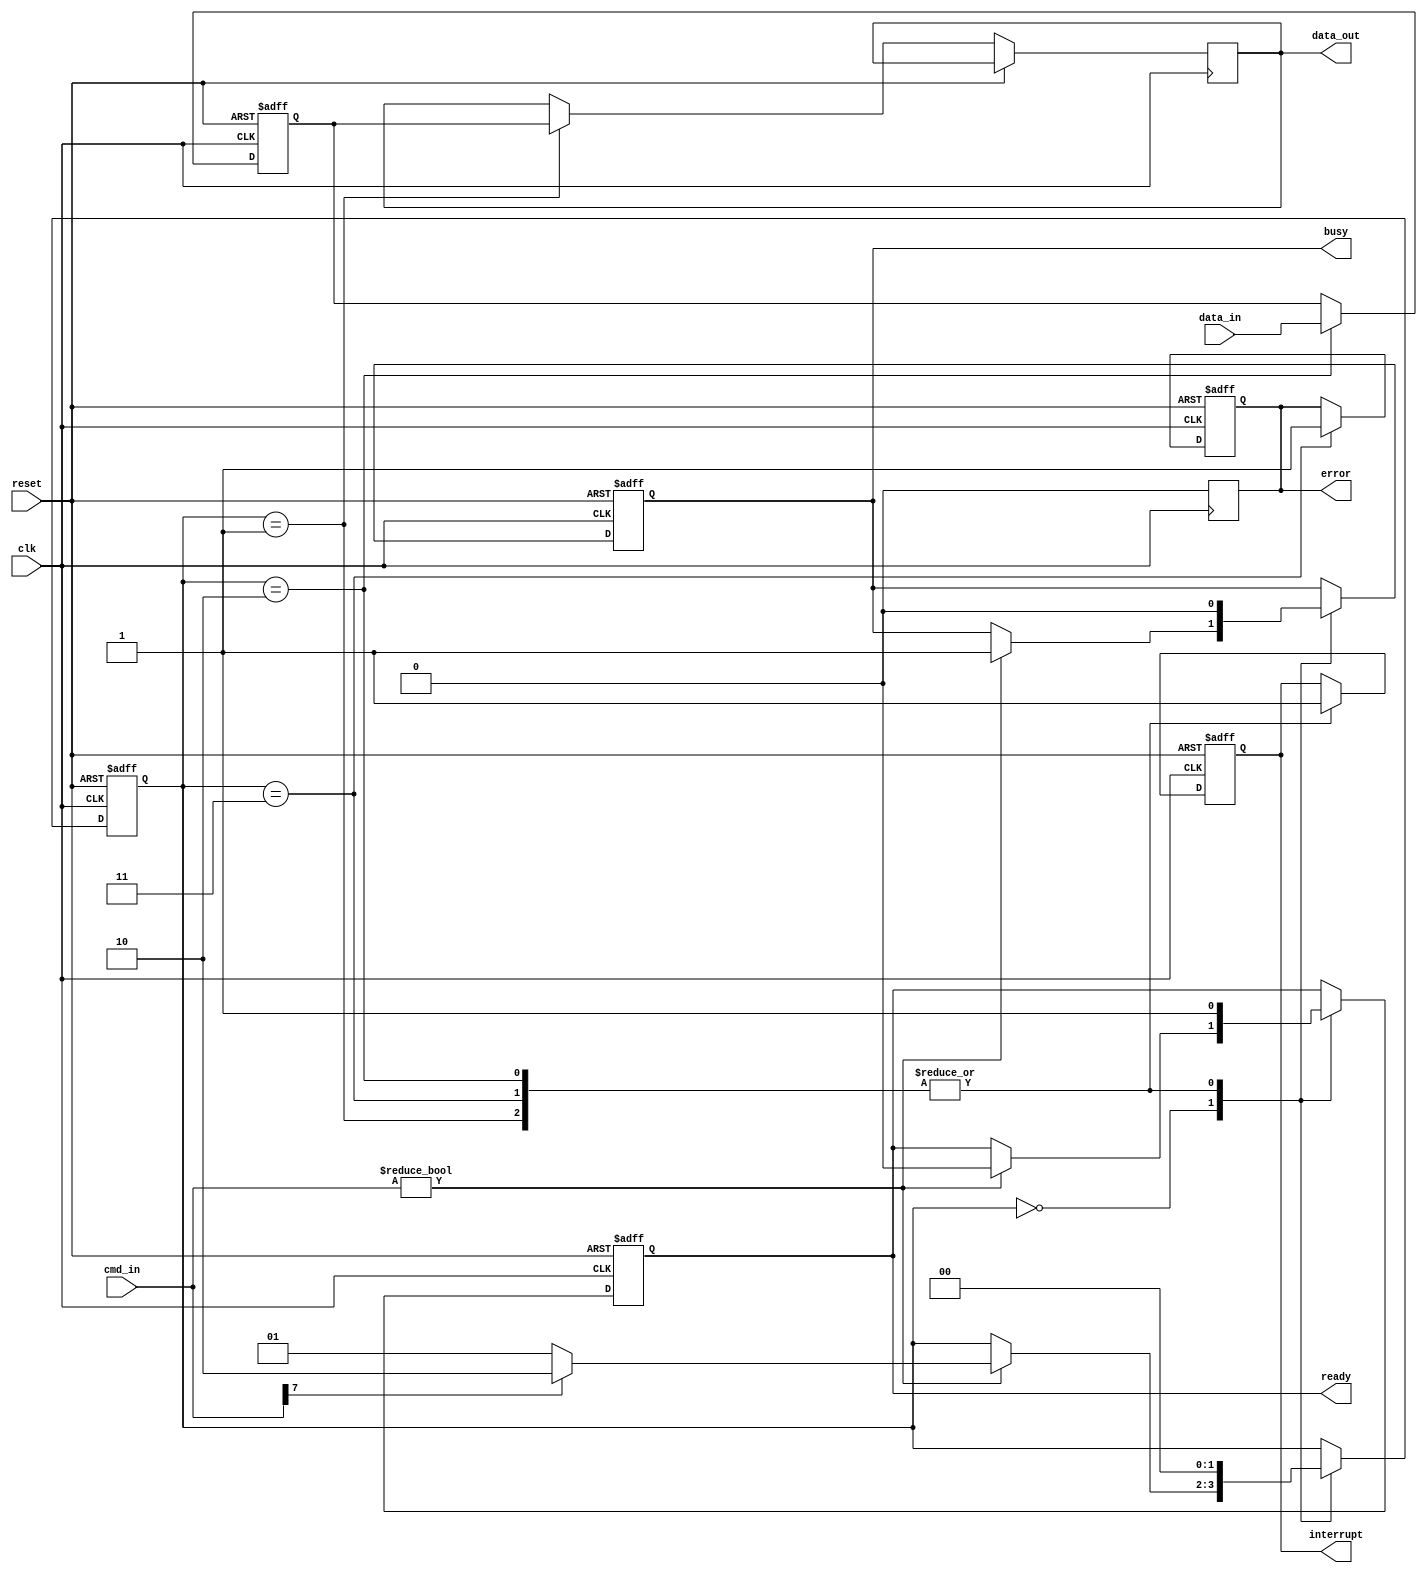
module ufs_io_block (
    input wire clk,                 // System clock
    input wire reset,               // System reset
    input wire [7:0] cmd_in,       // Command input from UFS controller
    input wire [7:0] data_in,       // Data input from UFS controller
    output reg [7:0] data_out,      // Data output to UFS controller
    output reg busy,                // Busy status
    output reg ready,               // Ready status
    output reg error,               // Error status
    output reg interrupt            // Interrupt to the controller
);

    // Parameters
    parameter IDLE = 2'b00;
    parameter READ = 2'b01;
    parameter WRITE = 2'b10;
    parameter ERROR_STATE = 2'b11;

    reg [1:0] state;                // State machine for command processing
    reg [7:0] command_reg;          // Command register
    reg [7:0] status_reg;           // Status register
    reg [7:0] data_buffer;          // Data buffer for read/write operations

    // Command Decoder
    always @(posedge clk or posedge reset) begin
        if (reset) begin
            state <= IDLE;
            busy <= 0;
            ready <= 1;
            error <= 0;
            interrupt <= 0;
            command_reg <= 0;
            data_buffer <= 0;
            status_reg <= 0;
        end else begin
            case (state)
                IDLE: begin
                    if (cmd_in) begin
                        command_reg <= cmd_in; // Load command
                        busy <= 1;
                        ready <= 0;
                        state <= (cmd_in[7] == 1) ? WRITE : READ; // Simplified command check
                    end
                end
                READ: begin
                    // Simulate data read operation
                    data_out <= data_buffer; // Output data
                    busy <= 0;
                    ready <= 1;
                    interrupt <= 1; // Signal interrupt
                    state <= IDLE; // Go back to idle
                end
                WRITE: begin
                    // Simulate data write operation
                    data_buffer <= data_in; // Write data to buffer
                    busy <= 0;
                    ready <= 1;
                    interrupt <= 1; // Signal interrupt
                    state <= IDLE; // Go back to idle
                end
                ERROR_STATE: begin
                    error <= 1; // Set error flag
                    busy <= 0;
                    ready <= 1;
                    interrupt <= 1; // Signal interrupt
                    state <= IDLE; // Go back to idle
                end
                default: state <= IDLE; // Default to IDLE
            endcase
        end
    end

    // Error handling (simplified)
    always @(posedge clk) begin
        if (error) begin
            // Handle error (e.g., retry mechanism can be implemented here)
            error <= 0; // Clear error after handling
        end
    end

    // Power management and clock gating (simplified)
    // Assuming power control is managed externally

endmodule